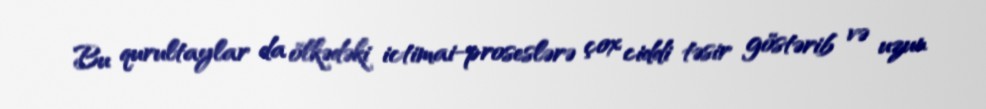
Bu qurultaylar da ölkədəki ictimai-proseslərə çox ciddi təsir göstərib və uzun